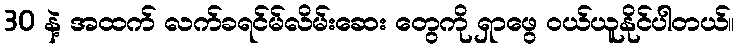
30 နဲ့ အထက် လက်ခရင်မ်လိမ်းဆေး တွေကို ရှာဖွေ ဝယ်ယူနိုင်ပါတယ်။